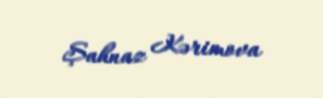
Şahnaz Kərimova